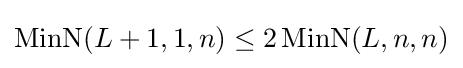
\operatorname {MinN} (L+1,1,n)\leq 2\operatorname {MinN} (L,n,n)